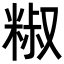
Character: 𥺱